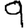
Digit: 9